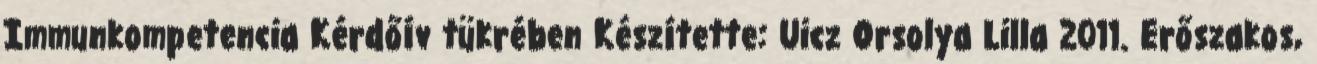
Immunkompetencia Kérdőív tükrében Készítette: Uicz Orsolya Lilla 2011. Erőszakos,